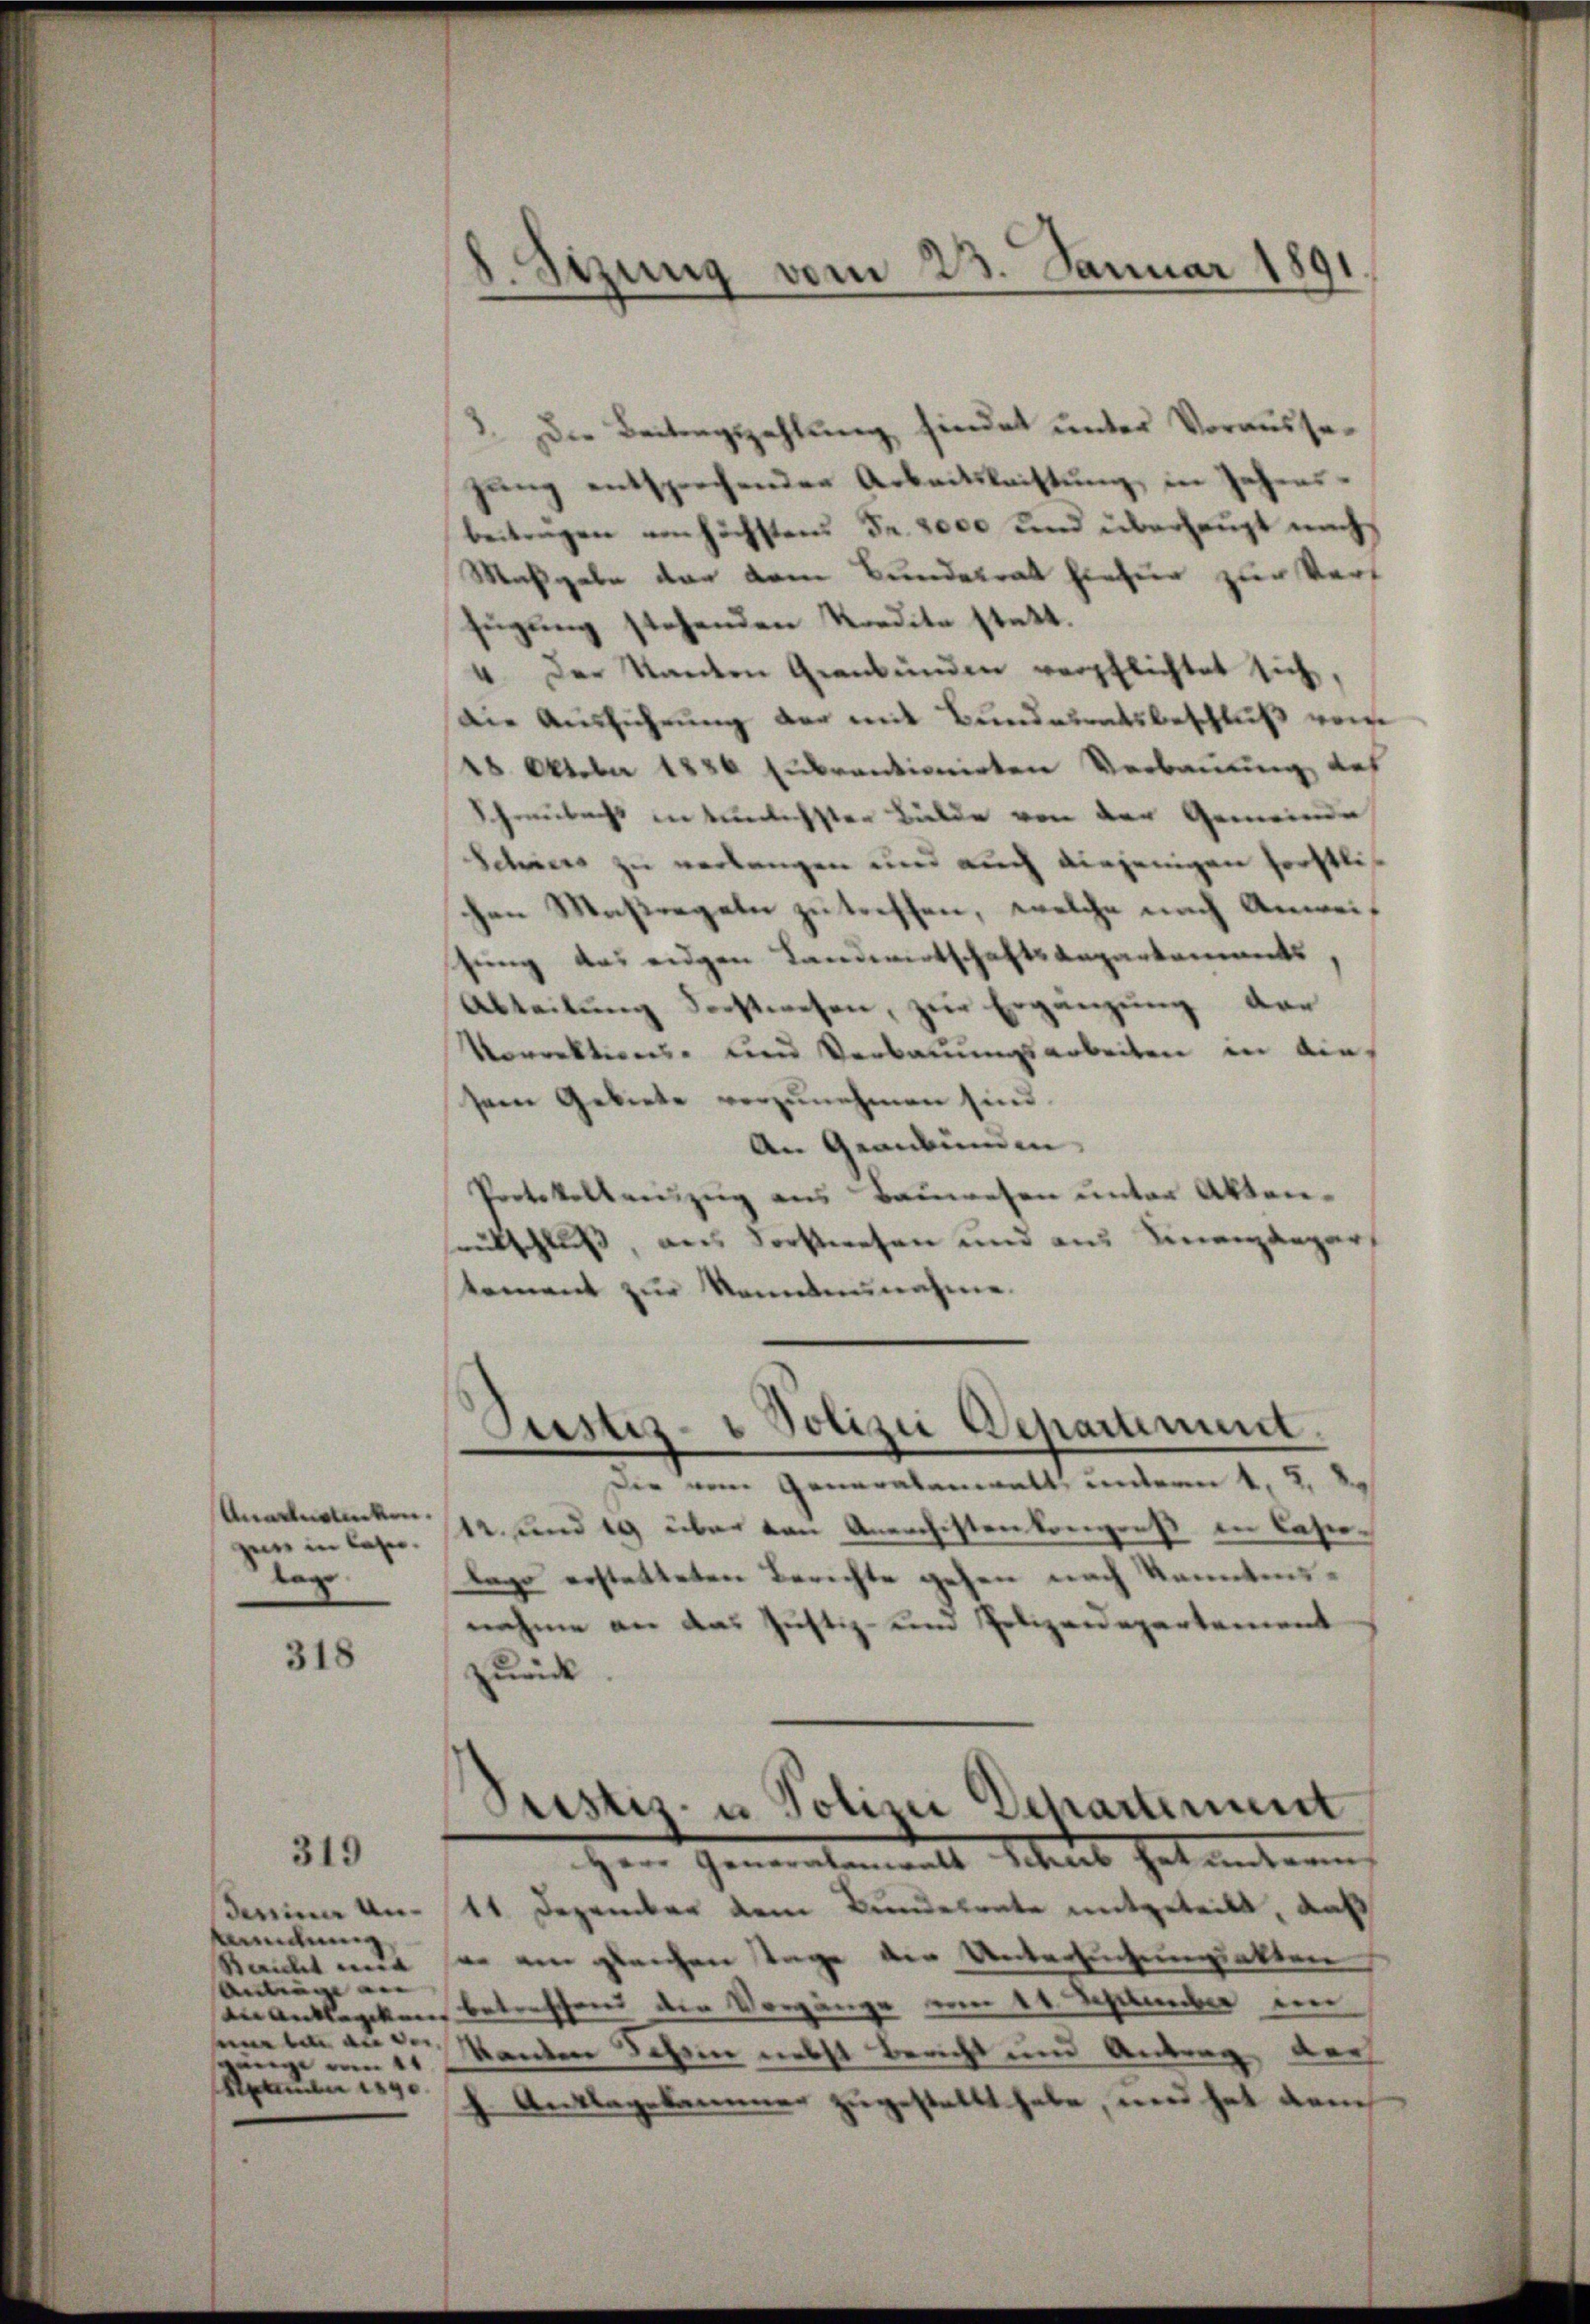
zue in lasen.
e

318

319

mundung
Reichet weit |
antie
an Anklagte
eine bete an der
g
See ge

Stzung vom 23. Januar 1891

2. Die Beitragszahlung findet unter Voraussegung entsprechender Arbeitsleistung in Zehens-
beitragen umhöchstens Fr. 2000 und überhaupt nach
Maßgabe dar vom Bundesrat hiefür zur Verf
fügung stehenden Kredite statt.
4. Der Kanten Graubünden verpflichtet sich,
Die Ausführung der mit Bundesratsbeschluß vom
18. Oktober 1886 zubrentionirten Verbauung de
Schreibachs in tunlichsten Bälde von der Gemeinde
Schners zu verlangen und auch diejenigen Förstlich
chen Maßregeln zu treffen, welche nach Anweisung des eigen Landwirtschaftsangartements
Abteilung derswesen, zur Ergänzung ver
Vorrektions- und Verbauungsarbeiten in diesein Gebiete vorzunehmen sind.
An Graubünden.
Protokollauszug aus Bauwesen unter Aktenrütschluß, aus Vorstwesen und aus Finanzenger,
koment zur Sonntennahme.

Die vom Generalanwalt, unterm 1. 2.
Anacleticken 12. und 19 über von Anarchistenkongreß in Casio¬
Lago erstatteten Berichte gehen nach konntensnahme an das Justiz- und Polizeidepartement
Zeide
Justiz- u Polizei Departement
Herr Generalamants Schreib hat unterm
Fereiner am 11 Dezember dem Bundesrate mitgeteilt, daß
in ein gleichen Tage der Untersuchungsakten
betreffend der Vorgänge vom 14. September im
kanten Schein nebst bericht und Antrag, der
 Anklagekammer zugestellt habe, und hat dauch

Justiz- & Polizei Departement.